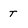
Character: t